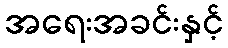
အရေးအခင်းနှင့်